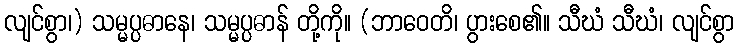
လျင်စွာ၊) သမ္မပ္ပဓာနေ၊ သမ္မပ္ပဓာန် တို့ကို။ (ဘာဝေတိ၊ ပွားစေ၏။ သီဃံ သီဃံ၊ လျင်စွာ